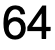
64